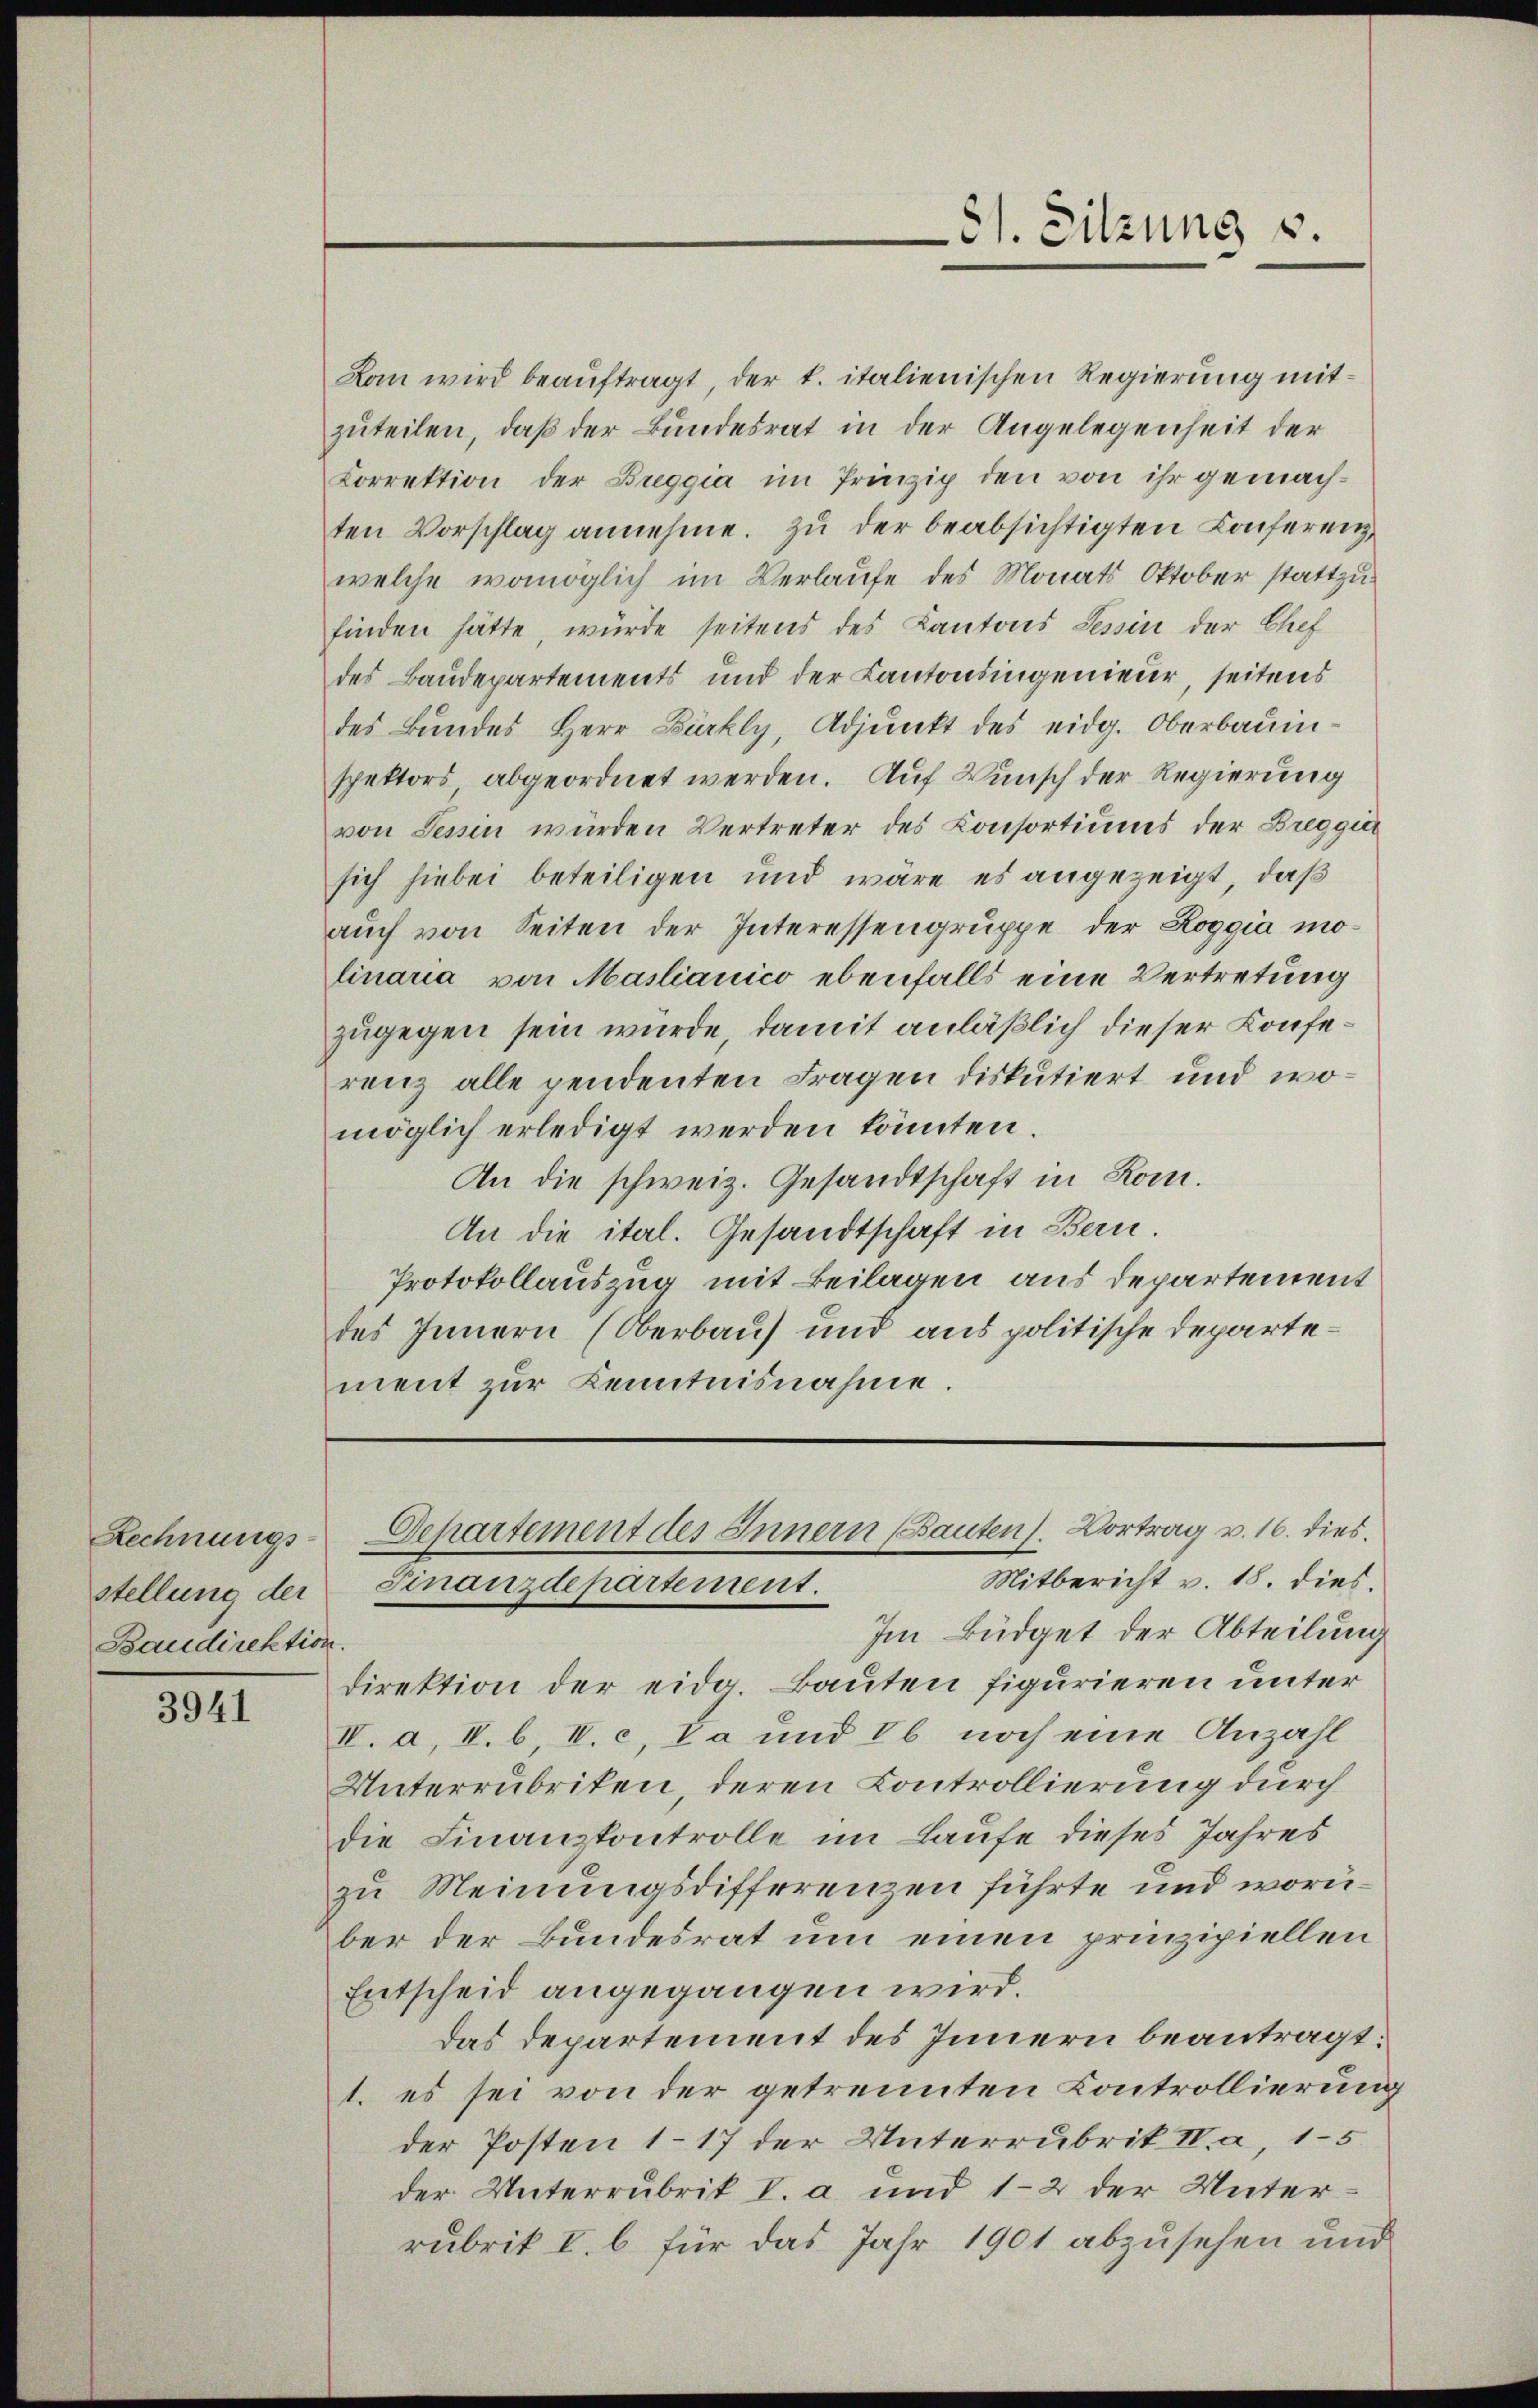
Rechnungs-
stellung der
Baudirektion.

3941

Kan wird beauftragt, der k. italienischen Regierung mitzuteilen, daß der Bundesrat in der Angelegenheit der
Correktion der Breggia im Prinzip den von ihr gemachten Vorschlag annehme. Zu der beabsichtigten Conferenz
welche womöglich im Verlaufe des Monats Oktober stattzufinden hätte, würde seitens des Kantons Tessin der Chef
des Baudepartements und der Kantonsingenieur, seitens
des Bundes Herr Bürkly, Adjunkt des eidg. Oberbauinspektors abgeordnet werden. Auf Wunsch der Regierung
von Tessin würden Vertreter des Consortiums der Breggi
sich hiebei beteiligen und wäre es angezeigt, daß
auch von Seiten der Interessengruppe der Roggia molinaria von Maslianico ebenfalls eine Vertretung
zugegen sein wurde, damit anläßlich dieser Konferenz alle pendenten Fragen diskutiert und womöglich erledigt werden könnten.
An die schweiz. Gesandtschaft in Rom.
An die ital. Gesandtschaft in Bern.
Protokollauszug mit Beilagen aus departement
des Innern (Oberbaus und aus politische Departement zur Kenntnisnahme.

81. Sitzung v.

direktion der eidg. Bauten figurieren unter
IV. a. V. b. IV. c, Da und ob noch eine Anzahl
Unterrubriken, deren Controllierung durch
die Finanzkontrolle im Laufe dieses Jahres
zu Meinungsdifferenzen führte und worüber der Bundesrat um einen prinzipiellen
Entscheid angegangen wird.
das Departement des Innern beantragt:
1. es sei von der getrennten Controllierumder Posten 117 der Unterrubrik IV. a, 15
der Unterrubrik V. a und 1-2 der Unterrubrik I. b. für das Jahr 1901 abzusehen und

Departement des Innern (Bauten. Vortrag v. 16. dies
Mitbericht v. 18. dies
Finanzdepartement.
Im Büdget der Abteilung